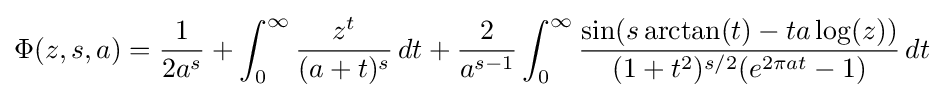
\Phi (z,s,a)={\frac {1}{2a^{s}}}+\int _{0}^{\infty }{\frac {z^{t}}{(a+t)^{s}}}\,dt+{\frac {2}{a^{s-1}}}\int _{0}^{\infty }{\frac {\sin(s\arctan(t)-ta\log(z))}{(1+t^{2})^{s/2}(e^{2\pi at}-1)}}\,dt